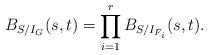
LaTeX: \begin{align*}B_{S/I_{G}}(s,t)=\prod_{i=1} ^r B_{S/I_{F_i}}(s,t).\end{align*}